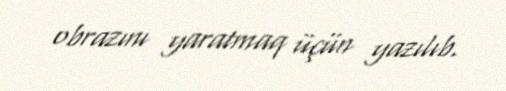
obrazını yaratmaq üçün yazılıb.